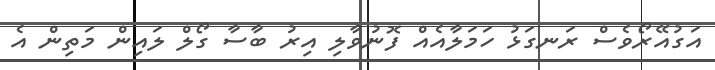
އަގުއޭރޯވެސް ރަނގަޅު ހަމަލާއެއް ފޮނުވާލި އިރު ބާސާ ގޯލް ލައިން މަތިން އެ